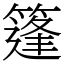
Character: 篷